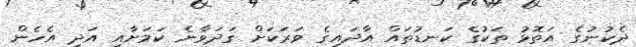
ދެކުނުގެ އަތޮޅު ތަކުގެ ކަނޑުތައް އާދައިގެ ވަރަކަށް ގަދަވާނެ ކަމަށާއި އަދި އެހެން